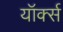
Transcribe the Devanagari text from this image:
यॉर्क्स